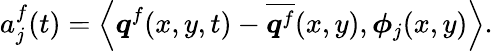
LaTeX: a_{j}^{f}(t)=\left<\boldsymbol{q}^{f}(x,y,t)-\overline{{\boldsymbol{q}^{f}}}(x,y),\boldsymbol{\phi}_{j}(x,y)\right>.